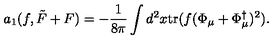
a _ { 1 } ( f , \tilde { F } + F ) = - \frac 1 { 8 \pi } \int d ^ { 2 } x \mathrm { t r } ( f ( \Phi _ { \mu } + \Phi _ { \mu } ^ { \dag } ) ^ { 2 } ) .